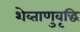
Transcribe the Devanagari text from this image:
शेव्ताणुवृद्धि